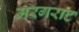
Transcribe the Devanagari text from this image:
मरगराट